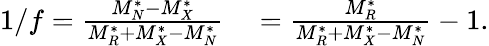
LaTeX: \begin{array}{rl}{1/f=\frac{M_{N}^{*}-M_{X}^{*}}{M_{R}^{*}+M_{X}^{*}-M_{N}^{*}}}&{{}=\frac{M_{R}^{*}}{M_{R}^{*}+M_{X}^{*}-M_{N}^{*}}-1.}\end{array}